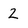
Character: 2